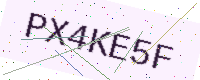
Text: PX4KE5F